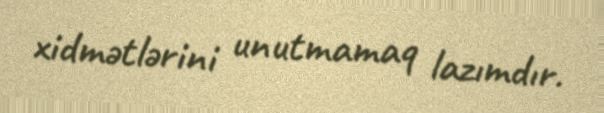
xidmətlərini unutmamaq lazımdır.